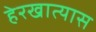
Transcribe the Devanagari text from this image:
हेरखात्यास